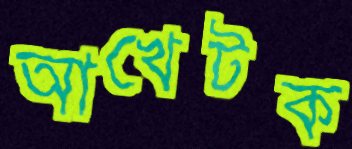
আখেটক